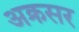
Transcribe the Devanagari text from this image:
अक्रसर